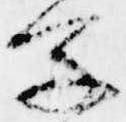
字